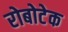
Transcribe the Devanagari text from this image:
रोबोटेक